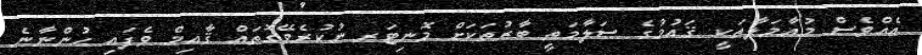
އެއްވެސް މުއާމަލާތަކީ ޤައުމުގެ ސަލާމަތީ ބާރުތަކަށް މޮނިޓަރ ނުކުރެވޭގޮތައް ޤާއިމް ވެފައި ހުންނާނެ